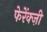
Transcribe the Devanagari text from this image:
फेरेंक्ज़ी